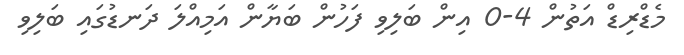
މެޑްރިޑް އަތުން 4-0 އިން ބަލިވި ފަހުން ބަޔާން އަމިއްލަ ދަނޑުގައި ބަލިވި